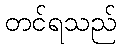
တင်ရသည်